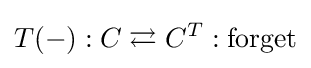
T(-):C\rightleftarrows C^{T}:{\text{forget}}